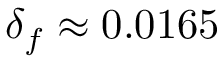
\delta _ { f } \approx 0 . 0 1 6 5